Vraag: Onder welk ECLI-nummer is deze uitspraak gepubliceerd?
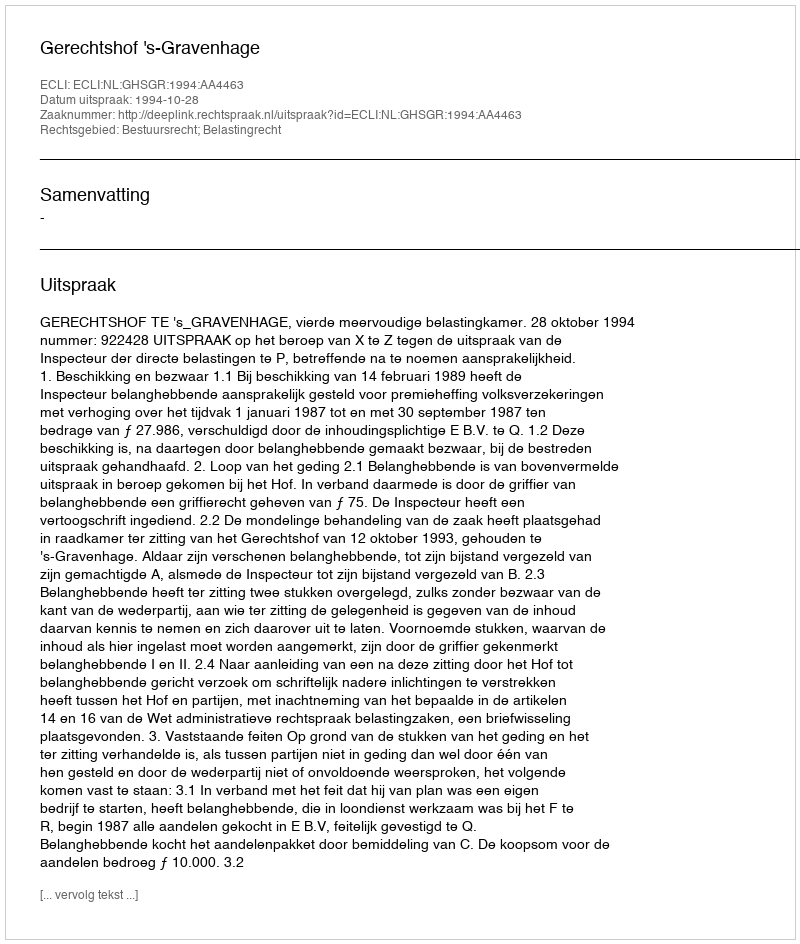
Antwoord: ECLI:NL:GHSGR:1994:AA4463